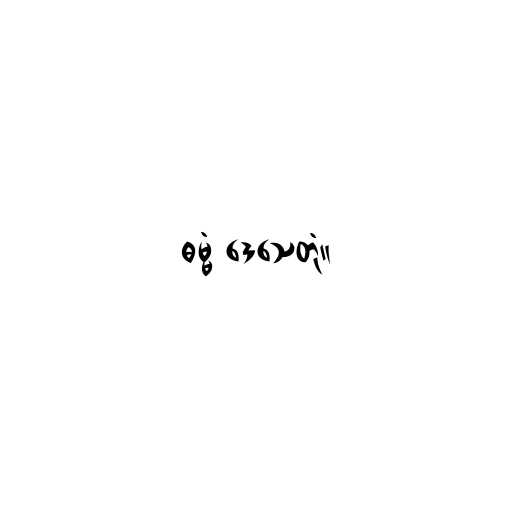
ဓမ္မံ ဒေသေတုံ။